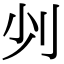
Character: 𠚺